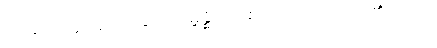
ကို။ စတုတ္ထပါဒေန၊ နှင့်။ သမ္ဗန္ဓိတွာ၊ စပ်၍။ ဒေဿတိ၊ ၏။ သော